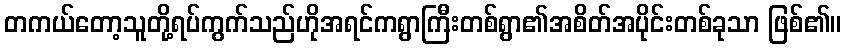
တကယ်တော့သူတို့ရပ်ကွက်သည်ဟိုအရင်ကရွာကြီးတစ်ရွာ၏အစိတ်အပိုင်းတစ်ခုသာ ဖြစ်၏။